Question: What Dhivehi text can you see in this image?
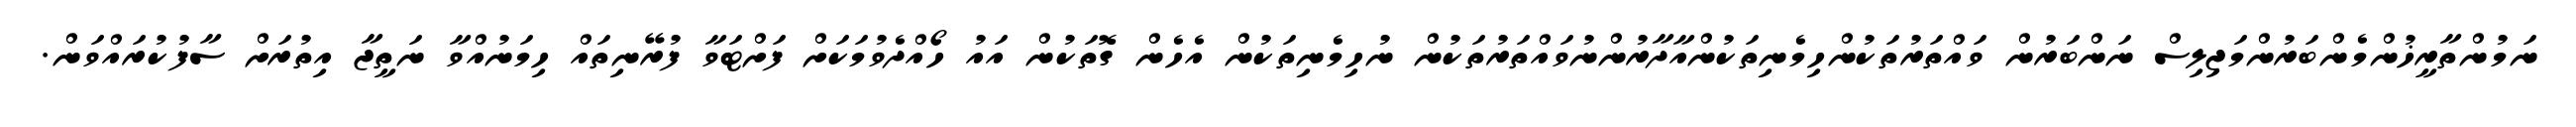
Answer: ނަމުންތާރީޚުންމެންބަރުންމަޖިލިސް ނަންބަރުން ވައްތަރުތަކުންހިމެނިތަކުންއާދާރުންނުވައްތަރުތަކުން ނުހިމެނިތަކުން އެހެން ގޮތަކުން އައު ހޯއްދެވުމަކަށް ފަށްޓަވާ ފުރޭނިތައް ހިމަނުއްވާ ނަތީޖާ އިތުރަށް ސާފުކުރައްވަން.